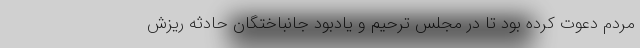
مردم دعوت کرده بود تا در مجلس ترحیم و یادبود جانباختگان حادثه ریزش